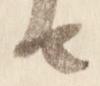
由